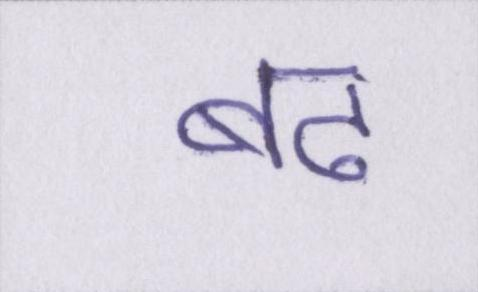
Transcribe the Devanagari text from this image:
बढ